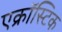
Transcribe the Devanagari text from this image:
एक्रॉस्टिक